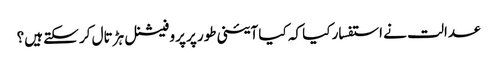
عدالت نے استفسار کیا کہ کیا آئینی طور پر پروفیشنل ہڑتال کر سکتے ہیں؟